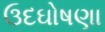
ઉદઘોષણા